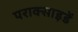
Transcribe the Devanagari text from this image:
पराक्साइडें